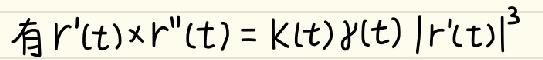
有 $\boldsymbol{r}'(t)\times\boldsymbol{r}''(t)=\kappa(t)\gamma(t)|\boldsymbol{r}'(t)|^{3}$